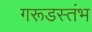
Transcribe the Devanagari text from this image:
गरूडस्तंभ